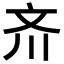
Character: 𪯠